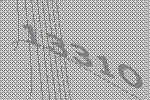
13310